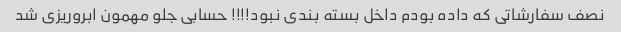
نصف سفارشاتی که داده بودم داخل بسته بندی نبود!!!! حسابی جلو مهمون ابروریزی شد